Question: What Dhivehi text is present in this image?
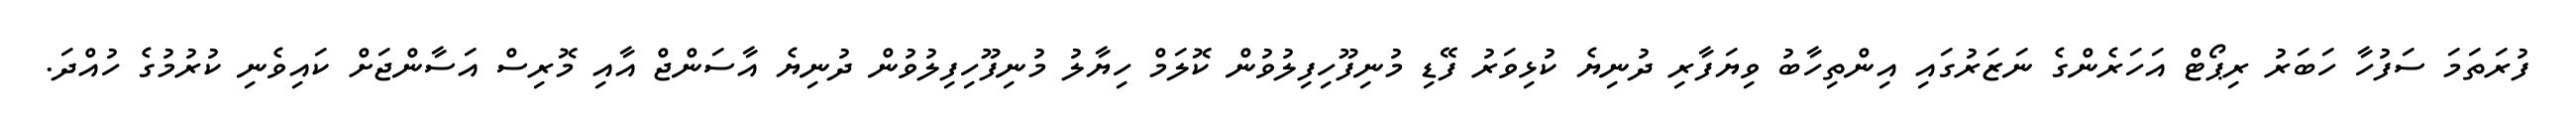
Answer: ފުރަތަމަ ސަފުހާ ހަބަރު ރިޕޯޓް އަހަރެންގެ ނަޒަރުގައި އިންތިހާބު ވިޔަފާރި ދުނިޔެ ކުޅިވަރު ފޭޑި މުނިފޫހިފިލުވުން ކޮލަމް ހިޔާލު މުނިފޫހިފިލުވުން ދުނިޔެ އާސަންޖް އާއި މޮރިސް އަސާންޖަށް ކައިވެނި ކުރުމުގެ ހުއްދަ.